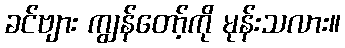
ခင်ဗျား ကျွန်တော့်ကို မုန်းသလား။